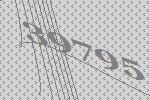
39795